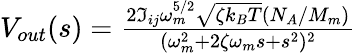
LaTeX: \begin{array}{r}{V_{out}(s)=\frac{2\Im_{ij}\omega_{m}^{5/2}\sqrt{\zeta k_{B}T}(N_{A}/M_{m})}{(\omega_{m}^{2}+2\zeta\omega_{m}s+s^{2})^{2}}}\end{array}